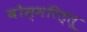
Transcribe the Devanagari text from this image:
बोम्मरिल्लू